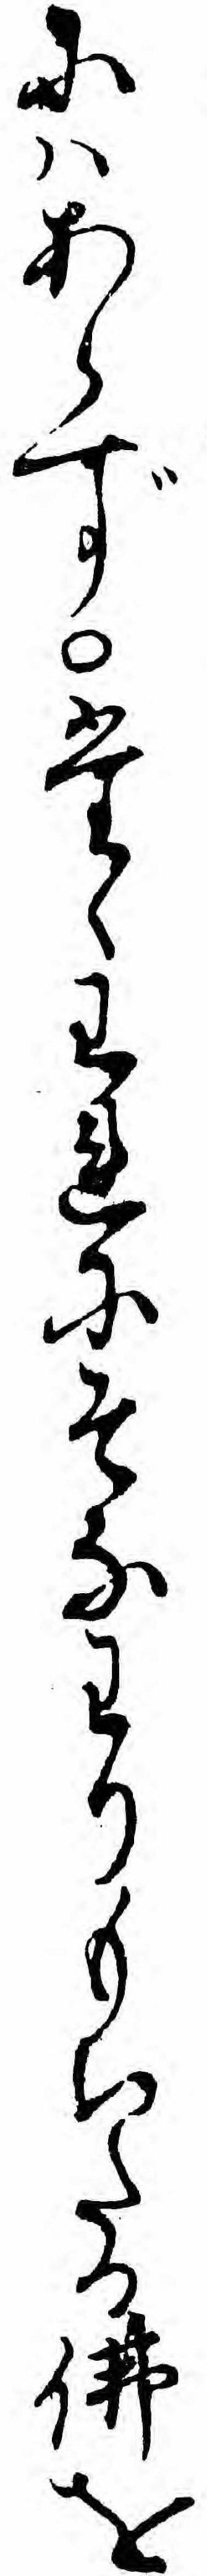
にハあらずたゝわれにそなわりもちたる仏を